Document type: Sale
Year: 1423
Scribe: Joan Franc
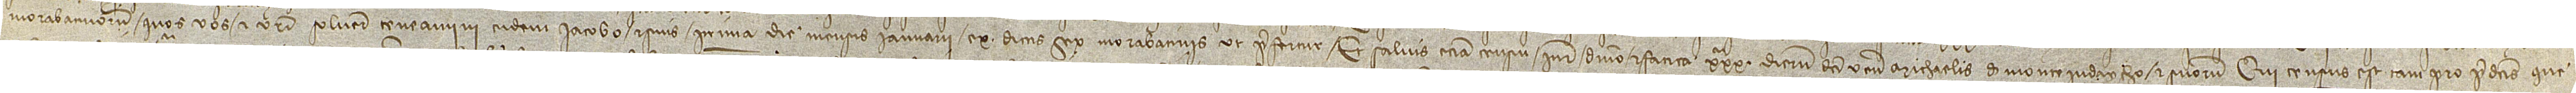
morabatinorum quos vos et vestri solvere teneamini eidem Iacobo et suis prima die mensis ianuarii ex dictis sex morabatinis, ut prefertur. Et salvis etiam censu, iure, dominio et fatica XXXª dierum dicti venerabilis Michaelis de Monteiudaycho et suorum. Qui census est, tam pro predictis que